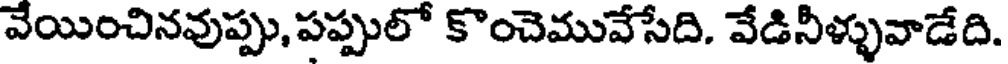
వేయించినవుప్పు, పప్పులో కొంచెమువేసేది. వేడినీళ్ళువాడేది.